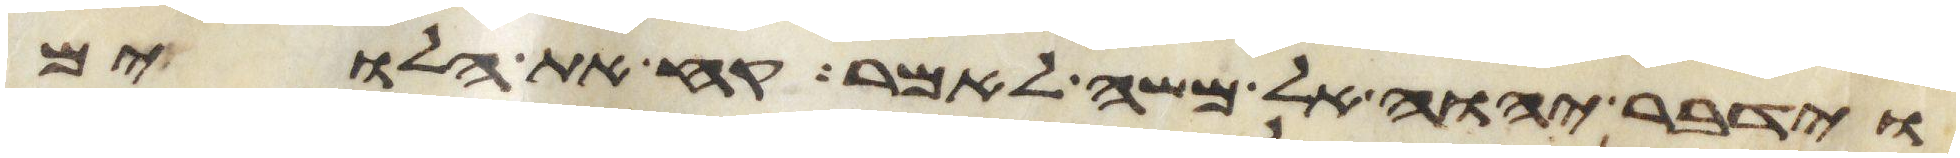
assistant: וידבר יהוה אל משה לאמר קח את הלוים